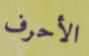
الأحرف